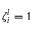
\zeta _ { i } ^ { l } = 1